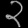
Digit: ၃